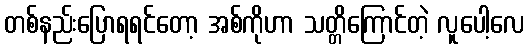
တစ်နည်းပြောရရင်တော့ အစ်ကိုဟာ သတ္တိကြောင်တဲ့ လူပေါ့လေ